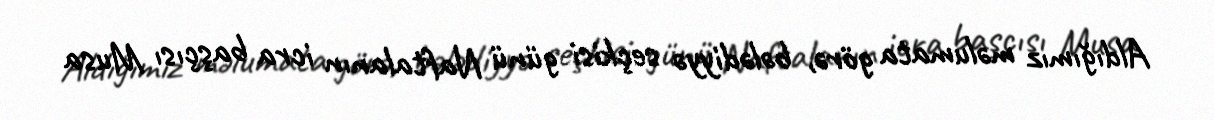
Aldığımız məlumata görə, bələdiyyə seçkisi günü Naftalanın icra başçısı Musa